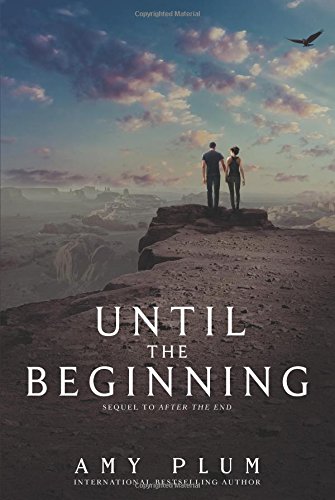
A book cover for Until the Beginning (After the End); Amy Plum; Teen & Young Adult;